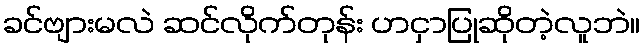
ခင်ဗျားမလဲ ဆင်လိုက်တုန်း ဟငှာပြုဆိုတဲ့လူဘဲ။